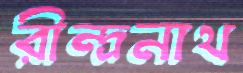
রীন্দ্রনাথ